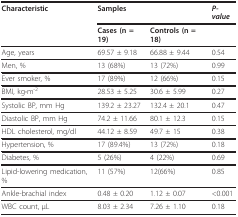
| Characteristic | <COLSPAN=2> Samples | P-value |
 |  | Cases (n = 19) | Controls (n = 18) |  |
 | --- | --- | --- | --- |
 | Age, years | 69.57 ± 9.18 | 66.88 ± 9.44 | 0.54 |
 | Men, % | 13 (68%) | 13 (72%) | 0.99 |
 | Ever smoker, % | 17 (89%) | 12 (66%) | 0.15 |
 | BMI, kg⋅m-2 | 28.53 ± 5.25 | 30.6 ± 5.99 | 0.27 |
 | Systolic BP, mm Hg | 139.2 ± 23.27 | 132.4 ± 20.1 | 0.47 |
 | Diastolic BP, mm Hg | 74.2 ± 11.66 | 80.1 ± 12.3 | 0.15 |
 | HDL cholesterol, mg/dl | 44.12 ± 8.59 | 49.7 ± 15 | 0.38 |
 | Hypertension, % | 17 (89.4%) | 13 (72%) | 0.18 |
 | Diabetes, % | 5 (26%) | 4 (22%) | 0.69 |
 | Lipid-lowering medication, % | 11 (57%) | 12(66%) | 0.85 |
 | Ankle-brachial index | 0.48 ± 0.20 | 1.12 ± 0.07 | <0.001 |
 | WBC count, μL | 8.03 ± 2.34 | 7.26 ± 1.10 | 0.18 |